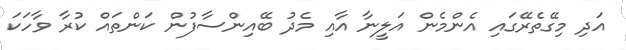
އަދި މިގޭތެރޭގައި އެންމެން އަލީނާ އާއި މެދު ބޭއިންސާފުން ކަންތައް ކުރާ ވާހަކަ